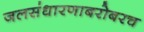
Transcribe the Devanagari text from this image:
जलसंधारणाबरोबरच